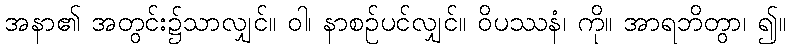
အနာ၏ အတွင်း၌သာလျှင်။ ဝါ၊ နာစဉ်ပင်လျှင်။ ဝိပဿနံ၊ ကို။ အာရဘိတွာ၊ ၍။